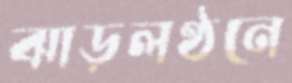
ঝাড়লণ্ঠনে